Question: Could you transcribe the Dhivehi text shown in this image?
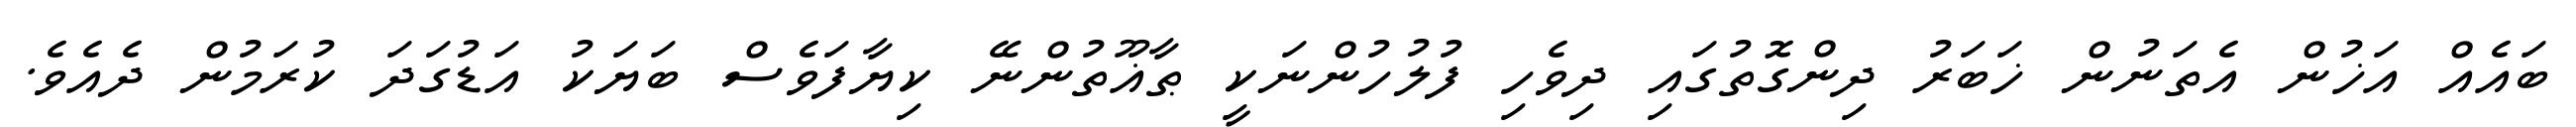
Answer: ބައެއް އަޚުން އެތަނުން ޚަބަރު ދިންގޮތުގައި ދިވެހި ފުލުހުންނަކީ ޠާޣޫތުންނޭ ކިޔާފަވެސް ބަޔަކު އަޑުގަދަ ކުރަމުން ދެއެވެ.